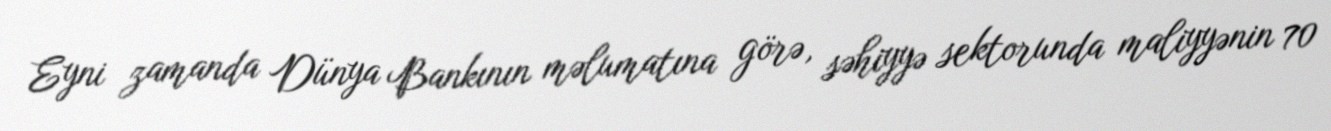
Eyni zamanda Dünya Bankının məlumatına görə, səhiyyə sektorunda maliyyənin 70